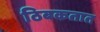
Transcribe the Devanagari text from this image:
ठिबकतात